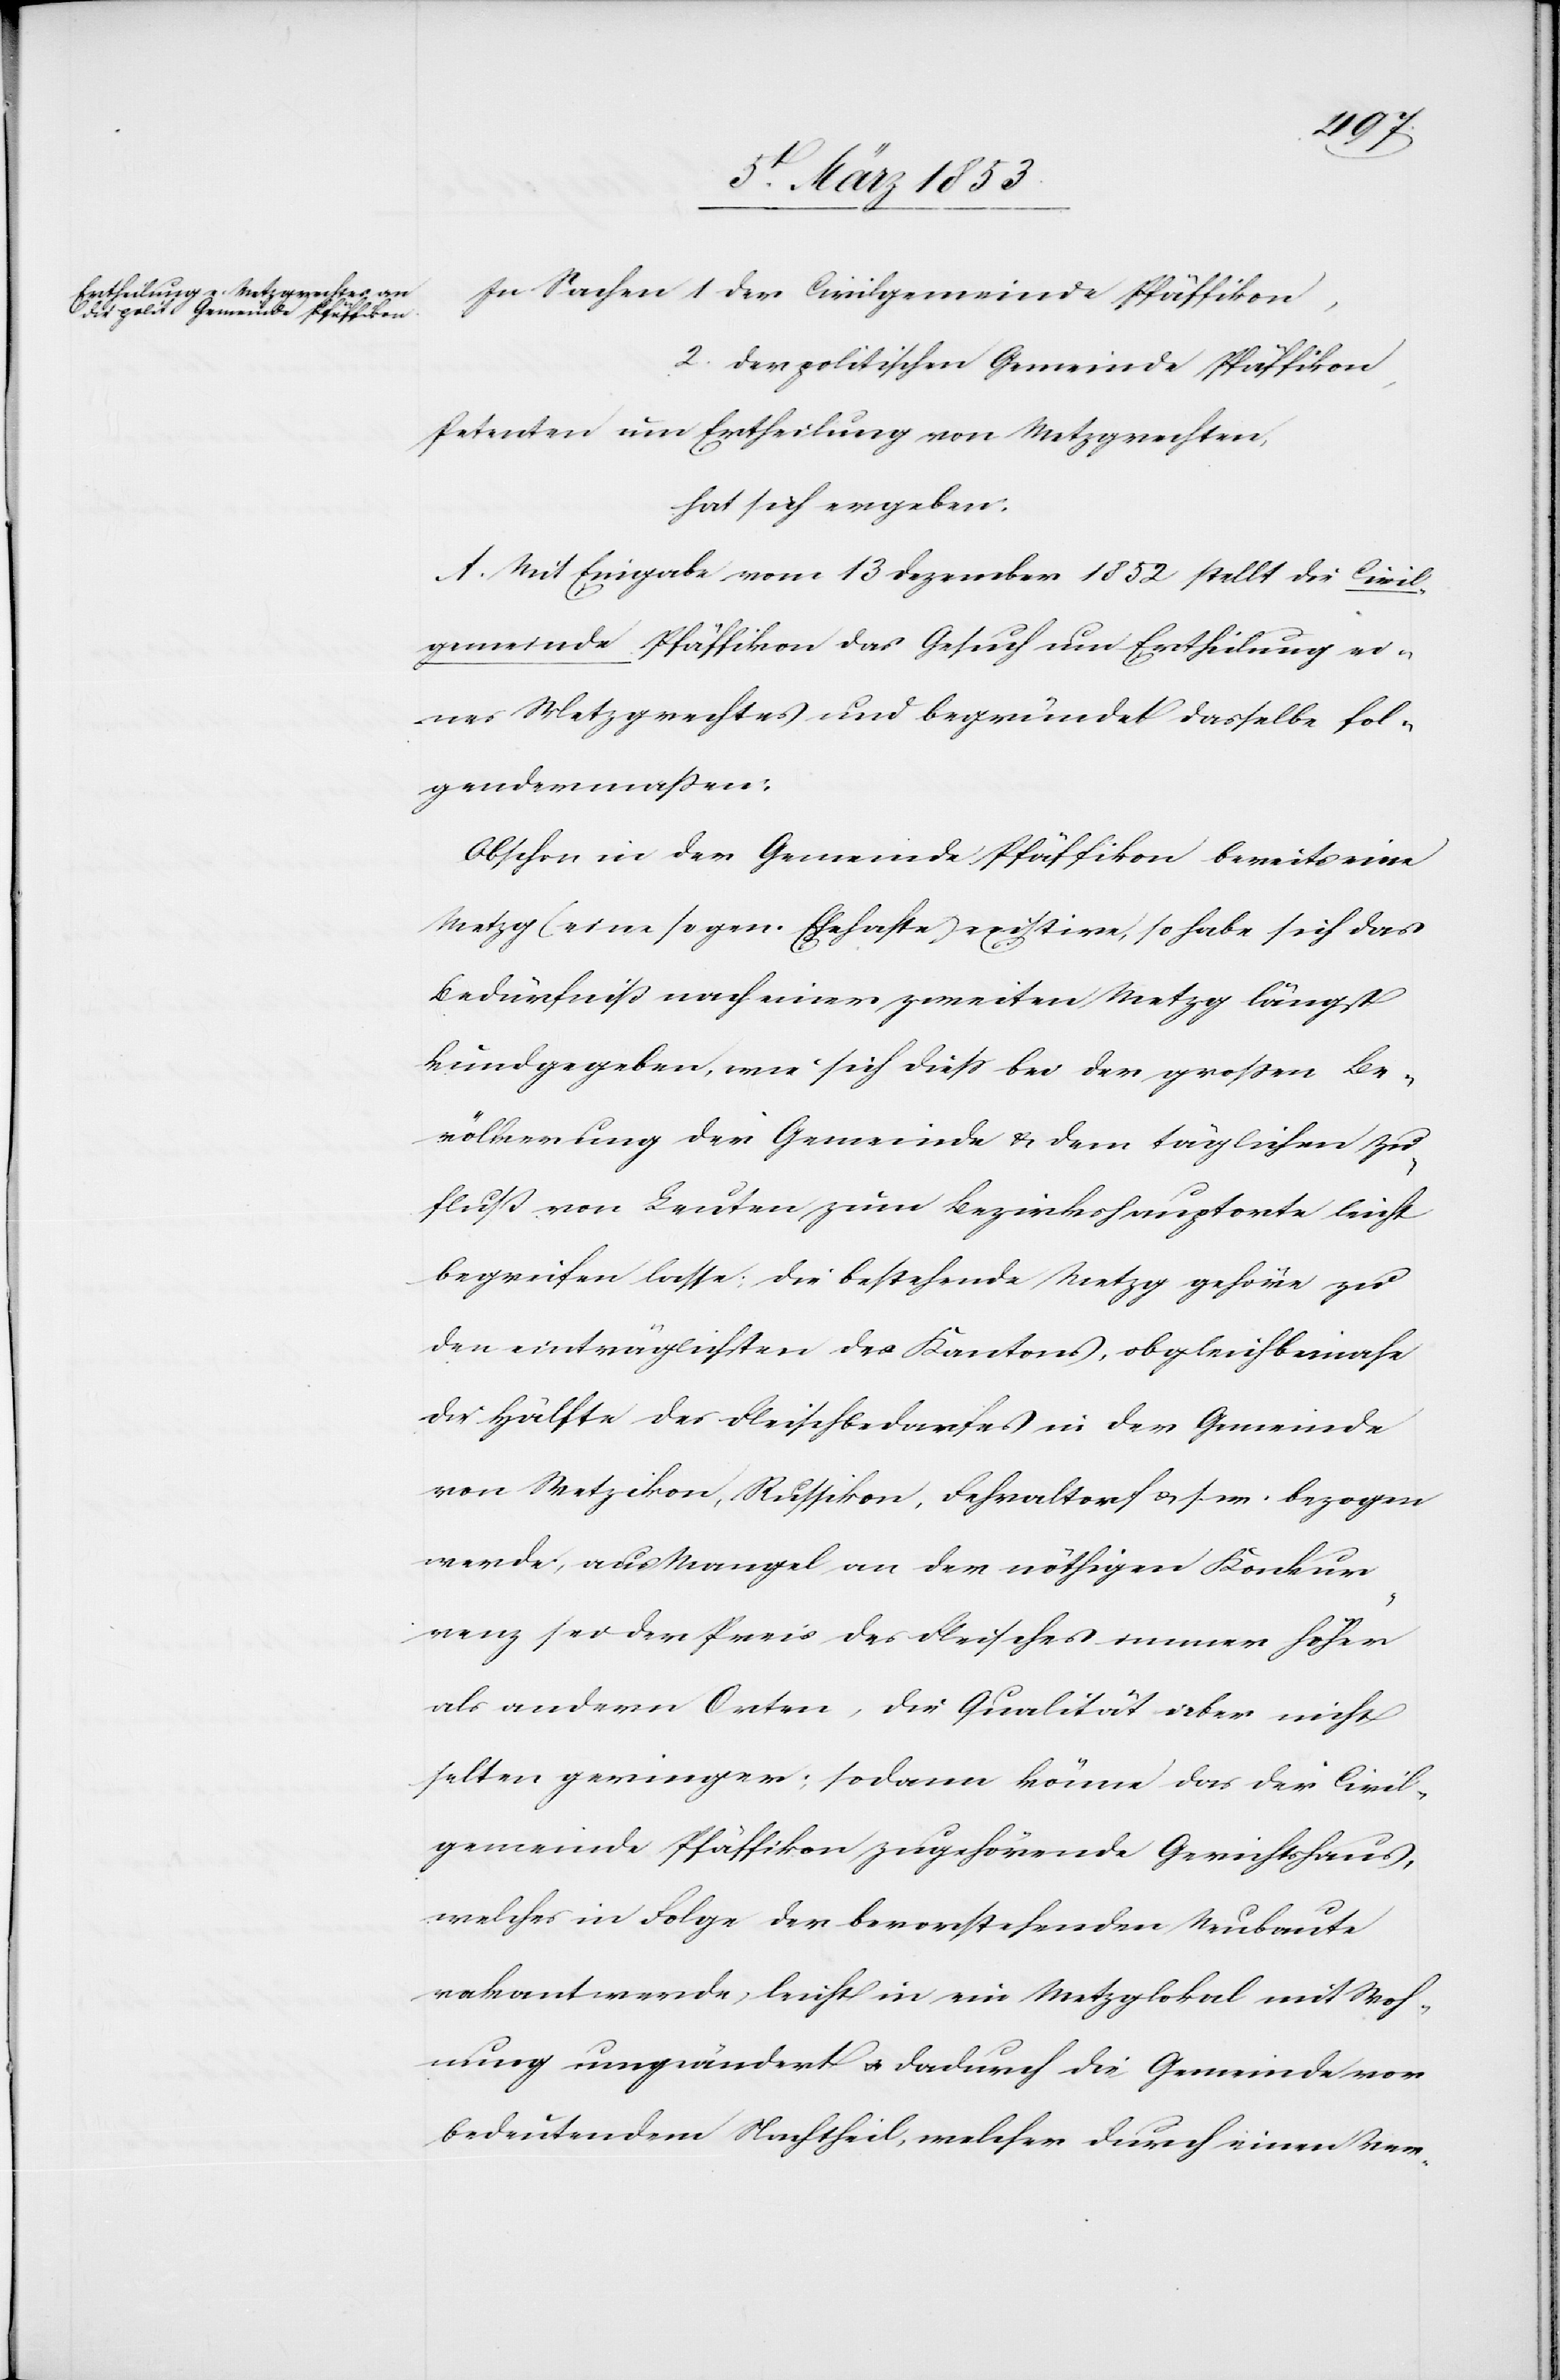
In Sachen 1 der Civilgemeinde Pfäffikon,
2. der politischen Gemeinde Pfäffikon,
Petenten um Ertheilung von Metzgrechten,
hat sich ergeben.
A. Mit Eingabe vom 13 Dezember 1852 stellt die Civil¬
gemeinde Pfäffikon das Gesuch um Ertheilung ei¬
nes Metzgrechtes und begründet dasselbe fol¬
gendermassen:
Obschon in der Gemeinde Pfäffikon bereits eine
Metzg (eine sogen. Ehehafte) existire, so habe sich das
Bedürfniß nach einer zweiten Metzg längst
kundgegeben, wie sich dieß bei der großen Be¬
völkerung der Gemeinde u. dem täglichen Zu¬
fluß von Leuten zum Bezirkshauptorte leicht
begreifen lasse; die bestehende Metzg gehöre zu
den einträglichsten des Kantons, obgleich beinahe
die Hälfte des Fleischbedarfes in der Gemeinde
von Wetzikon, Russikon, Fehraltorf u. s. w. bezogen
werde, aus Mangel an der nöthigen Konkur¬
renz sei der Preis des Fleisches immer höher
[an] andern Orten, die Qualität aber nicht
selten geringer; sodann könne das der Civil¬
gemeinde Pfäffikon zugehörende Gerichtshaus,
welches in Folge der bevorstehenden Neubaute
vakant werde, leicht in ein Metzglokal mit Woh¬
nung umgeändert u. dadurch die Gemeinde vor
bedeutendem Nachtheil, welcher durch einen Ver-